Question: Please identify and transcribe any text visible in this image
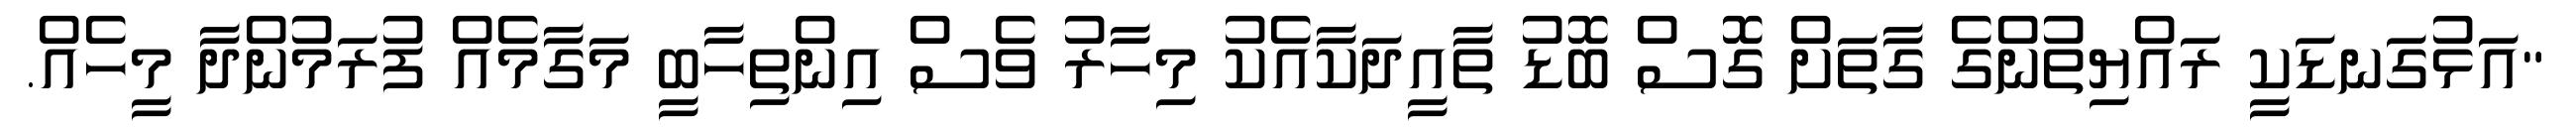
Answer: "އަޅުގަނޑަކީ ރައްޔިތުންގެ ގާތަށް ގޮސް ބޮޑު ތާއީދަކާއެކު މިހާރު ވެސް އިންތިހާބީ މަގާމެއް ފުރަމުންދާ މީހެއް.